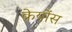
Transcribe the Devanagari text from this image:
क्रेयोंस